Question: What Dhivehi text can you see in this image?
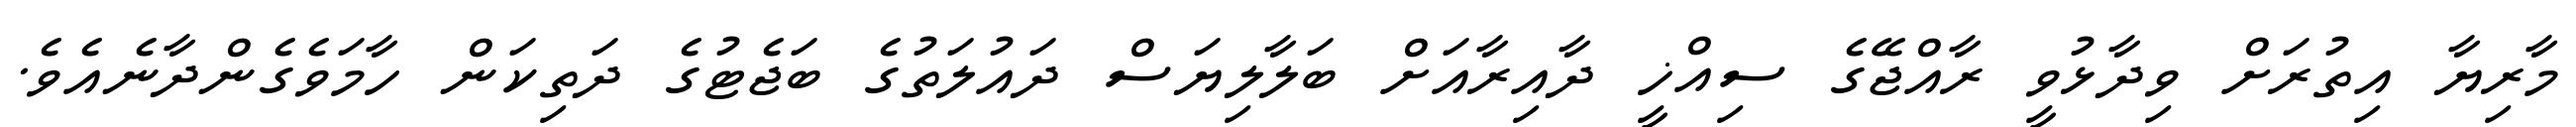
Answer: މާރިޔާ އިތުރަށް ވިދާޅުވީ ރާއްޖޭގެ ސިއްޚީ ދާއިރާއަށް ބަލާލިޔަސް ދައުލަތުގެ ބަޖެޓުގެ ދަތިކަން ހާމަވެގެންދާނެއެވެ.